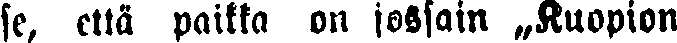
se, että paikka on jossain „Kuopion